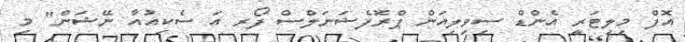
އޮފް މިލިޓަރީ އެންޑް ސިވިލިއަން ޕްރޮފެޝަނަލްސް ފޯރ އަ ސެކިއުއާ ނޭޝަން" މި